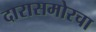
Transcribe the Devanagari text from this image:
दारासमोरचा